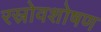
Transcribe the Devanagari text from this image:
रस्रोवशोषण